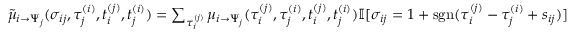
\begin{array} { r } { \tilde { \mu } _ { i \to \Psi _ { j } } ( \sigma _ { i j } , \tau _ { j } ^ { ( i ) } , t _ { i } ^ { ( j ) } , t _ { j } ^ { ( i ) } ) = \sum _ { \tau _ { i } ^ { ( j ) } } \mu _ { i \to \Psi _ { j } } ( \tau _ { i } ^ { ( j ) } , \tau _ { j } ^ { ( i ) } , t _ { i } ^ { ( j ) } , t _ { j } ^ { ( i ) } ) \mathbb { I } [ \sigma _ { i j } = 1 + \mathrm { s g n } ( \tau _ { i } ^ { ( j ) } - \tau _ { j } ^ { ( i ) } + s _ { i j } ) ] } \end{array}